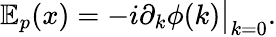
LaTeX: \begin{array}{r}{\mathbb{E}_{p}(x)=-i\partial_{k}\phi(k)\big|_{k=0}.}\end{array}